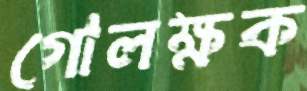
গোলক্ষক